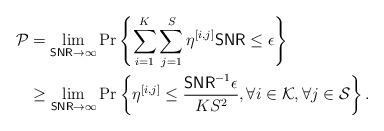
LaTeX: \begin{align*}\mathcal{P} & =\lim_{\textsf{SNR}\rightarrow \infty} \textrm{Pr} \left\{\sum_{i=1}^{K}\sum_{j=1}^{S} \eta^{[i,j]}\mathsf{SNR} \le \epsilon \right\} \\&\ge \lim_{\textsf{SNR}\rightarrow \infty} \textrm{Pr}\left\{\eta^{[i,j]}\le \frac{\textsf{SNR}^{-1}\epsilon}{KS^2},\forall i\in \mathcal{K}, \forall j\in\mathcal{S}\right\}.\end{align*}